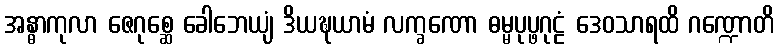
အန္ဓာကုလာ ဇေဂုစ္ဆေ ခေါဘေယျံ ဒိယဍ္ဎယာမံ လက္ခဏော ဓမ္မပုပ္ဖဂုဠံ ဒေဝသာရထိ ဂဏ္ဍောတိ